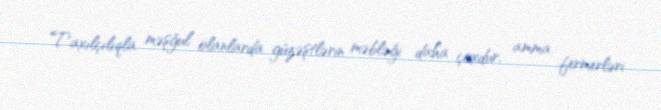
Taxılçılıqla məşğul olanlarda güzəştlərin məbləği daha çoxdur, amma fermerləri